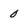
Character: 0